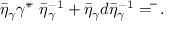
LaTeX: \bar { \eta } _ { \gamma } \gamma ^ { * } { \bf \bar { \alpha } } \, \bar { \eta } _ { \gamma } ^ { - 1 } + \bar { \eta } _ { \gamma } d \bar { \eta } _ { \gamma } ^ { - 1 } = { \bf \bar { \alpha } } .